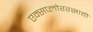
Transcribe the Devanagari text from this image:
एक्सप्लोररसाठी